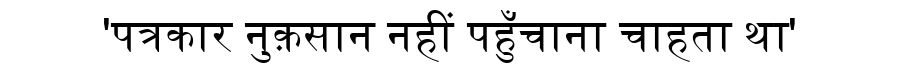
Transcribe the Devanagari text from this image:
'पत्रकार नुक़सान नहीं पहुँचाना चाहता था'